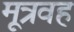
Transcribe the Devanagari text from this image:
मूत्रवह